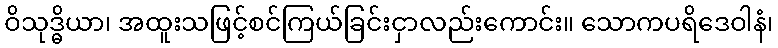
ဝိသုဒ္ဓိယာ၊ အထူးသဖြင့်စင်ကြယ်ခြင်းငှာလည်းကောင်း။ သောကပရိဒေဝါနံ၊